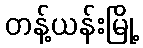
တန့်ယန်းမြို့